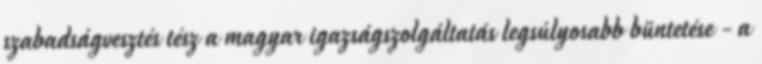
szabadságvesztés tész a magyar igazságszolgáltatás legsúlyosabb büntetése - a